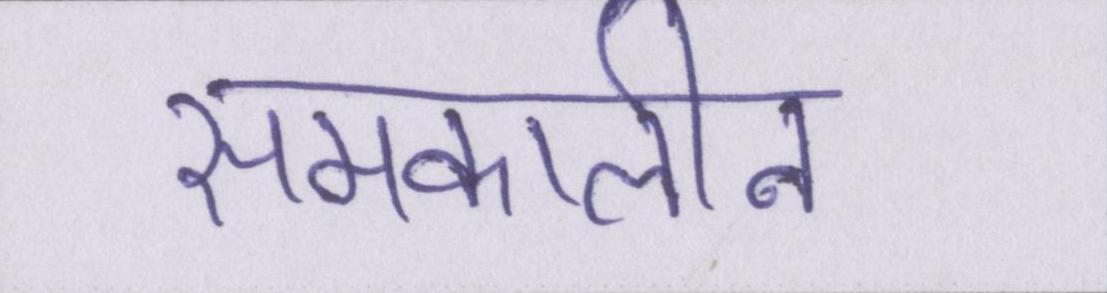
समकालीन